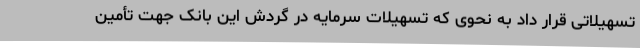
تسهیلاتی قرار داد به نحوی که تسهیلات سرمایه در گردش این بانک جهت تأمین